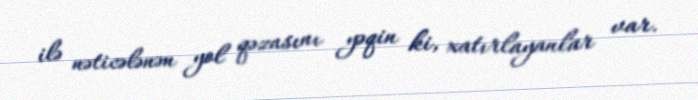
ilə nəticələnən yol qəzasını yəqin ki, xatırlayanlar var.